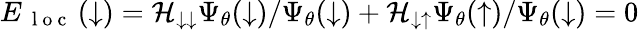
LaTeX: E_{\mathrm{~\mathrm{~l~o~c~}~}}(\downarrow)=\mathcal{H}_{\downarrow\downarrow}\Psi_{\theta}(\downarrow)/\Psi_{\theta}(\downarrow)+\mathcal{H}_{\downarrow\uparrow}\Psi_{\theta}(\uparrow)/\Psi_{\theta}(\downarrow)=0